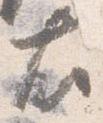
右